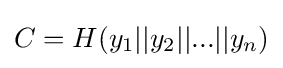
C=H(y_{1}||y_{2}||...||y_{n})